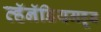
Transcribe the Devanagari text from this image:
व्हॅनॅडियमहून